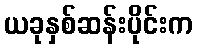
ယခုနှစ်ဆန်းပိုင်းက